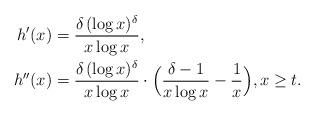
LaTeX: \begin{align*}h'(x) & = \frac{\delta \, (\log x)^{\delta }}{x\log x} , \\h''(x) & = \frac{\delta \, (\log x)^{\delta }}{x\log x} \cdot \Big( \frac{\delta -1}{x\log x} - \frac{1}{x} \Big) , x\geq t.\end{align*}